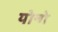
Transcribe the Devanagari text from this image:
योन्गे